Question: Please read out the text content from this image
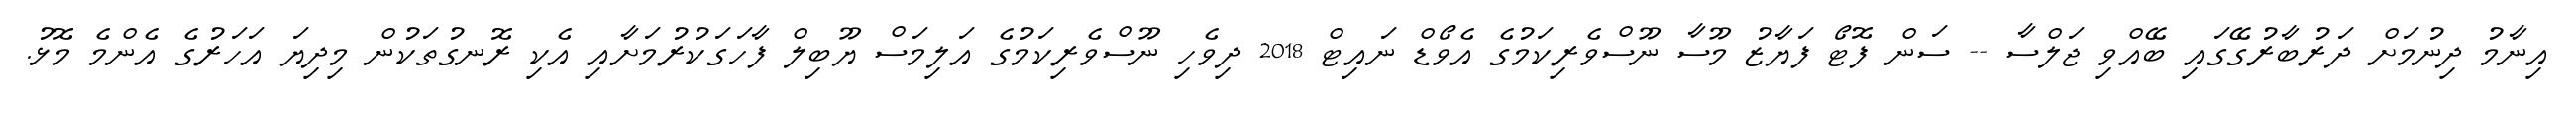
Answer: އިނާމު ދިނުމަށް ދަރުބާރުގޭގައި ބޭއްވި ޖަލްސާ -- ސަން ފޮޓޯ ފަޔާޒު މޫސާ ނޫސްވެރިކަމުގެ އެވޯޑް ނައިޓް 2018 ދިވެހި ނޫސްވެރިކަމުގެ އަލިމަސް ޔޫބިލް ފާހަގަކުރުމަށާއި އެކި ރޮނގުތަކުން މިދިޔަ އަހަރުގެ އެންމެ މޮޅު.